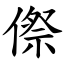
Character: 傺